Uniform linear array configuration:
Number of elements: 8
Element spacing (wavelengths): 1
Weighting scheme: hann
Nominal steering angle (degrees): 45
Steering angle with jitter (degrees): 43.555
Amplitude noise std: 0.05
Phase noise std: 0.05

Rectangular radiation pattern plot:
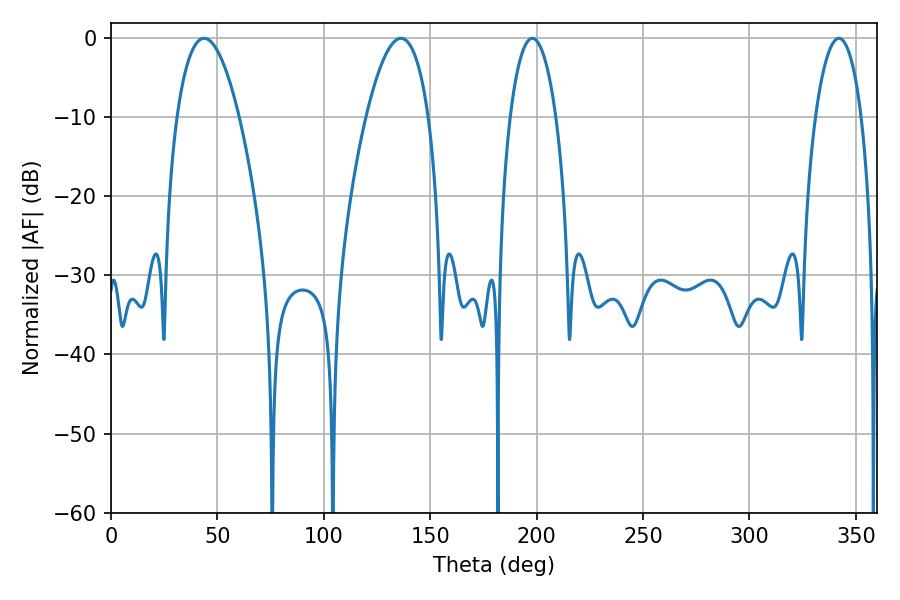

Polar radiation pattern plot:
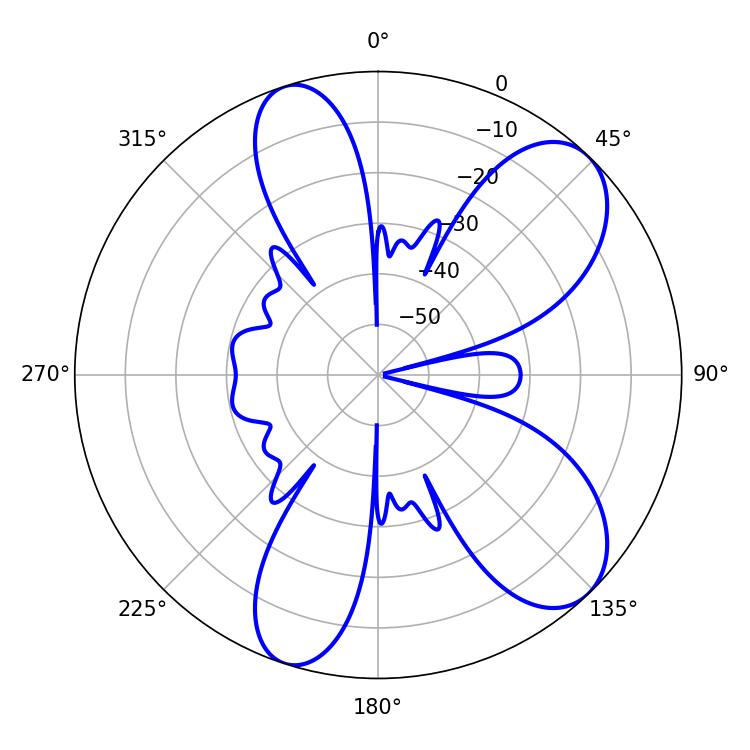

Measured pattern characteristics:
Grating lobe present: TRUE
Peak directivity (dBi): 8.499
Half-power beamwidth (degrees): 16.2
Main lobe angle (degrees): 43.74